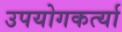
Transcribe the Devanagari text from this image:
उपयोगकर्त्या